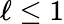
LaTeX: \ell\leq 1